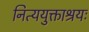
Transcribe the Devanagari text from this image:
नित्ययुक्ताश्रयः